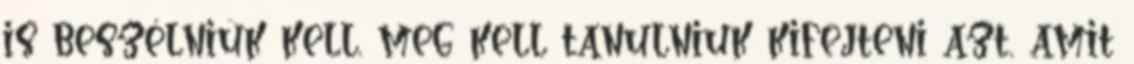
is beszélniük kell, meg kell tanulniuk kifejteni azt, amit